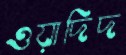
ওয়াদিদ